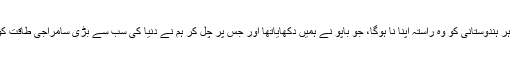
مگر اس کے لئے ہر ہندوستانی کو وہ راستہ اپنا نا ہوگا، جو باپو نے ہمیں دکھایاتھا اور جس پر چل کر ہم نے دنیا کی سب سے بڑی سامراجی طاقت کو شکست دی تھی۔